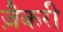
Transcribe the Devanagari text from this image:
ज़ैकरी